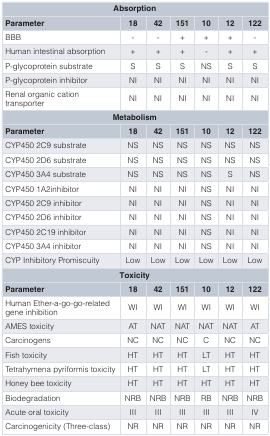
<table><thead><tr><td colspan="7"><b>Absorption</b></td></tr><tr><td><b>Parameter</b></td><td><b>18</b></td><td><b>42</b></td><td><b>151</b></td><td><b>10</b></td><td><b>12</b></td><td><b>122</b></td></tr></thead><tbody><tr><td>BBB</td><td>-</td><td>-</td><td>+</td><td>+</td><td>+</td><td>-</td></tr><tr><td>Human intestinal absorption</td><td>+</td><td>+</td><td>+</td><td>-</td><td>+</td><td>+</td></tr><tr><td>P-glycoprotein substrate</td><td>S</td><td>S</td><td>S</td><td>NS</td><td>S</td><td>S</td></tr><tr><td>P-glycoprotein inhibitor</td><td>NI</td><td>NI</td><td>NI</td><td>NI</td><td>NI</td><td>NI</td></tr><tr><td>Renal organic cationtransporter</td><td>NI</td><td>NI</td><td>NI</td><td>NI</td><td>NI</td><td>NI</td></tr><tr><td colspan="7"><b><b>Metabolism</b></b></td></tr><tr><td><b><b>Parameter</b></b></td><td><b><b>18</b></b></td><td><b><b>42</b></b></td><td><b><b>151</b></b></td><td><b><b>10</b></b></td><td><b><b>12</b></b></td><td><b><b>122</b></b></td></tr><tr><td>CYP450 2C9 substrate</td><td>NS</td><td>NS</td><td>NS</td><td>NS</td><td>NS</td><td>NS</td></tr><tr><td>CYP450 2D6 substrate</td><td>NS</td><td>NS</td><td>NS</td><td>NS</td><td>NS</td><td>NS</td></tr><tr><td>CYP450 3A4 substrate</td><td>NS</td><td>NS</td><td>NS</td><td>NS</td><td>S</td><td>NS</td></tr><tr><td>CYP450 1A2inhibitor</td><td>NI</td><td>NI</td><td>NI</td><td>NS</td><td>NI</td><td>NI</td></tr><tr><td>CYP450 2C9 inhibitor</td><td>NI</td><td>NI</td><td>NI</td><td>NS</td><td>NI</td><td>NI</td></tr><tr><td>CYP450 2D6 inhibitor</td><td>NI</td><td>NI</td><td>NI</td><td>NS</td><td>NI</td><td>NI</td></tr><tr><td>CYP450 2C19 inhibitor</td><td>NI</td><td>NI</td><td>NI</td><td>NS</td><td>NI</td><td>NI</td></tr><tr><td>CYP450 3A4 inhibitor</td><td>NI</td><td>NI</td><td>NI</td><td>NS</td><td>NI</td><td>NI</td></tr><tr><td>CYP Inhibitory Promiscuity</td><td>Low</td><td>Low</td><td>Low</td><td>Low</td><td>Low</td><td>Low</td></tr><tr><td colspan="7"><b><b>Toxicity</b></b></td></tr><tr><td><b><b>Parameter</b></b></td><td><b><b>18</b></b></td><td><b><b>42</b></b></td><td><b><b>151</b></b></td><td><b><b>10</b></b></td><td><b><b>12</b></b></td><td><b><b>122</b></b></td></tr><tr><td>Human Ether-a-go-go-relatedgene inhibition</td><td>WI</td><td>WI</td><td>WI</td><td>WI</td><td>WI</td><td>WI</td></tr><tr><td>AMES toxicity</td><td>AT</td><td>NAT</td><td>NAT</td><td>NAT</td><td>NAT</td><td>AT</td></tr><tr><td>Carcinogens</td><td>NC</td><td>NC</td><td>NC</td><td>C</td><td>NC</td><td>NC</td></tr><tr><td>Fish toxicity</td><td>HT</td><td>HT</td><td>HT</td><td>LT</td><td>HT</td><td>HT</td></tr><tr><td>Tetrahymena pyriformis toxicity</td><td>HT</td><td>HT</td><td>HT</td><td>LT</td><td>HT</td><td>HT</td></tr><tr><td>Honey bee toxicity</td><td>HT</td><td>HT</td><td>HT</td><td>HT</td><td>HT</td><td>HT</td></tr><tr><td>Biodegradation</td><td>NRB</td><td>NRB</td><td>NRB</td><td>RB</td><td>NRB</td><td>NRB</td></tr><tr><td>Acute oral toxicity</td><td>III</td><td>III</td><td>III</td><td>III</td><td>III</td><td>IV</td></tr><tr><td>Carcinogenicity (Three-class)</td><td>NR</td><td>NR</td><td>NR</td><td>NR</td><td>NR</td><td>NR</td></tr></tbody></table>